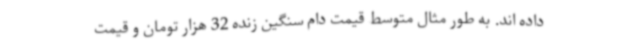
داده اند. به طور مثال متوسط قیمت دام سنگین زنده 32 هزار تومان و قیمت